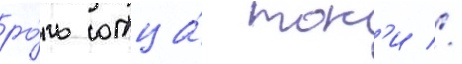
ро́ль отца́ тон'и //